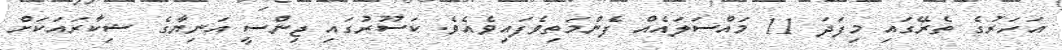
އަހަރުގެ ތެރޭގައި މިފަދަ 11 މައްސަލައެއް ފެންމަތިވެފައިވެއެވެ. ކަސޫރުގައި ޖިންސީ އަނިޔާގެ ޝިކާރައަކަށް